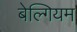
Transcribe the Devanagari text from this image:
बेल्गियम